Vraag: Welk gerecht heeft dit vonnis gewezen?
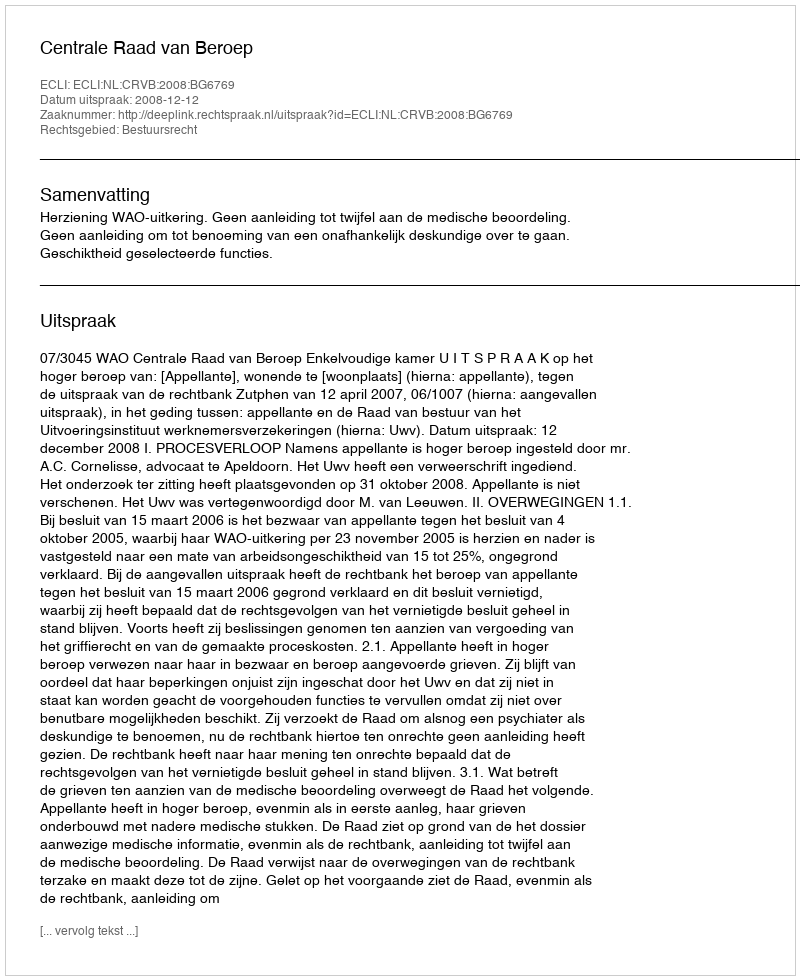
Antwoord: Centrale Raad van Beroep